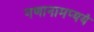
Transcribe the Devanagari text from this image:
गणानामप्ययं